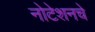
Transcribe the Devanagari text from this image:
नोटेशनचे